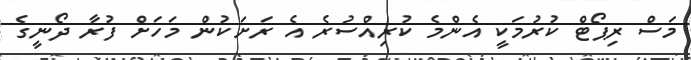
މަސް ރިޕޯޓް ކުރުމަކީ އެންމެ ކުރިއްސުރެ އެ ރަށަކުން މަހަށް ފުރާ ދޯނީގެ